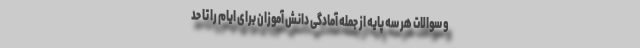
و سوالات هر سه پایه از جمله آمادگی دانش آموزان برای ایام را تا حد